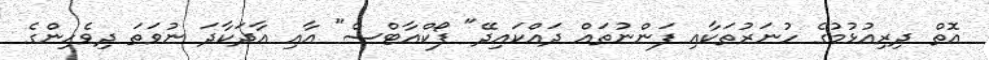
އޮތް ދިރިއުޅުމުގެ ހުނަރުތަކާއި ފަންނުތައް ދައްކައިދޭ" ފޯކްއާޓްސް" އާއި އާދަކާދަ ނުވަތަ ދިވެހިންގެ